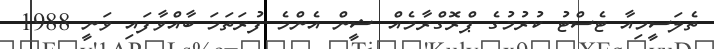
ތެލަސީމިއާ ޓެސްޓު ކުރުމުގެ ޕްރޮގްރާމެއް ޝީން އެންމެ ފުރަތަމަ ބާއްވާފައި ވަނީ 1988